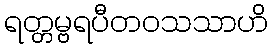
ရတ္တမ္ဗရပီတဝသသာဟိ